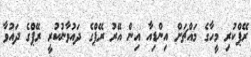
ރޭޕްކުރި މީހާގެ މައްޗަށް އިންޑިއާ އިން އޭރު ރޭޕްގެ ދައުވާނުކުރީ ރޭޕްގެ ދައުވާ